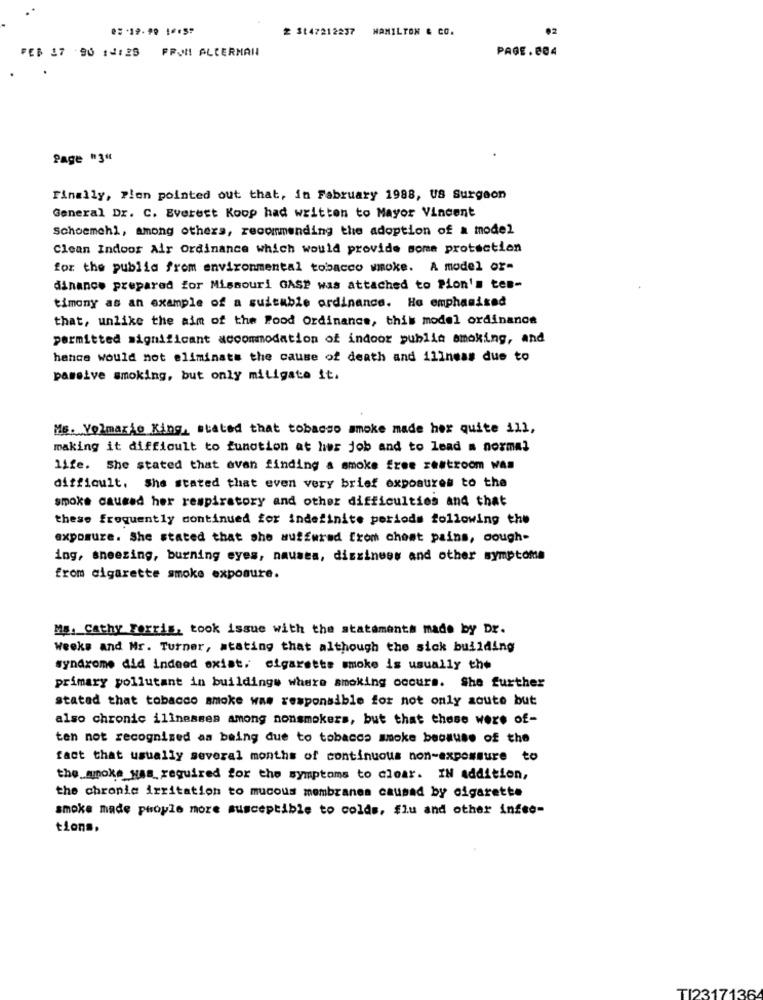
2 St47212237
HAMILTON & CO.
02
FEB 17 :90 14:28 FROM ALCERMAN
PAGE.804
Page "3"
Finally, Plon pointed out that, in February 1988, US Surgeon
General Dr. C. Everest Koop had written to Mayor Vincent
Schoemchl, among others, recommending the adoption of a model
Clean Indoor Air Ordinance which would provide some protection
for the public from environmental tobacco smoke. A model or-
dinance prepared for Missouri GASP was attached to Pion's tem-
timony as an example of a suitable ordinance. He emphasized
that, unlike the aim of the Food Ordinance, this model ordinance
permitted significant accommodation of indoor publin smoking, and
hance would not eliminate the cause of death and illness due to
passive smoking, but only mitigate it.
Ms. Yolmario King, stated that tobasso smoke made her quite ill,
making it difficult to function at her job and to lead = normal
life. She stated that ovan finding a smoke free restroom was
difficult. She stated that even very brief exposures to the
smoke caused her respiratory and other difficulties and that
these frequently continued for indefinite periods following the
exposure. She stated that she suffered from chest pains, cough-
ing, sneezing, burning eyes, nausea, dizziness and other symptoms
from cigarette smoke exposure.
Ma. Cathy Forris, took issue with the statements made by Dr.
Weeks and Mr. Turner, stating that although the sick building
syndrome did indeed exist. cigarette smoke is usually the
primary pollutant in buildings where smoking occurs. She further
stated that tobacco smoke was responsible for not only soute but
also chronic illnesses among nonsmokers, but that these were of-
ten not recognized as being due to tobacco smoke because of the
fact that usually several months of continuous non-expossure to
the smoke_was required for the symptoms to clear. IN addition,
the chronie irritation to mucous membranes caused by cigarette
smoke made people more susceptible to colds, #lu and other infeo-
tions,
TI2317136